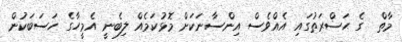
މާތް  ގެ ޙަޟްރަތުގައި އެއްވެސް އިންސާނަކަށް މޮޅުކަމެއް ލިބެނީ އެމީހާގެ ހަސަބަކުން